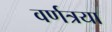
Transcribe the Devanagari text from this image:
वर्णत्रया